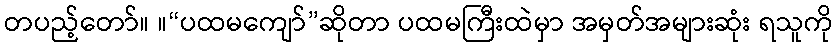
တပည့်တော်။ ။“ပထမကျော်”ဆိုတာ ပထမကြီးထဲမှာ အမှတ်အများဆုံး ရသူကို